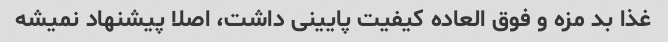
غذا بد مزه و فوق العاده کیفیت پایینی داشت، اصلا پیشنهاد نمیشه